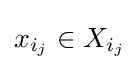
x_{i_{j}}\in X_{i_{j}}